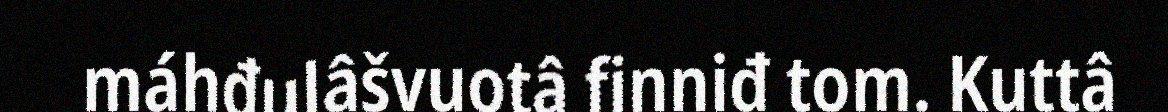
máhđulâšvuotâ finniđ tom. Kuttâ